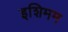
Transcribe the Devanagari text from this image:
इशिमम